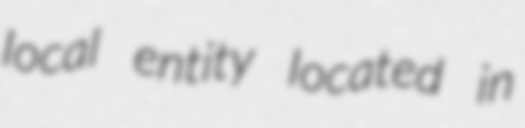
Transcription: local entity located in